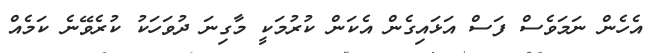
އެހެން ނަމަވެސް ފަސް އަޅައިގެން އެކަން ކުރުމަކީ މާގިނަ ދުވަހަކު ކުރެވޭނެ ކަމެއް